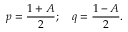
p = \frac { 1 + A } { 2 } ; \quad q = \frac { 1 - A } { 2 } .